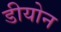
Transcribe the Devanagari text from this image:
डीयोन